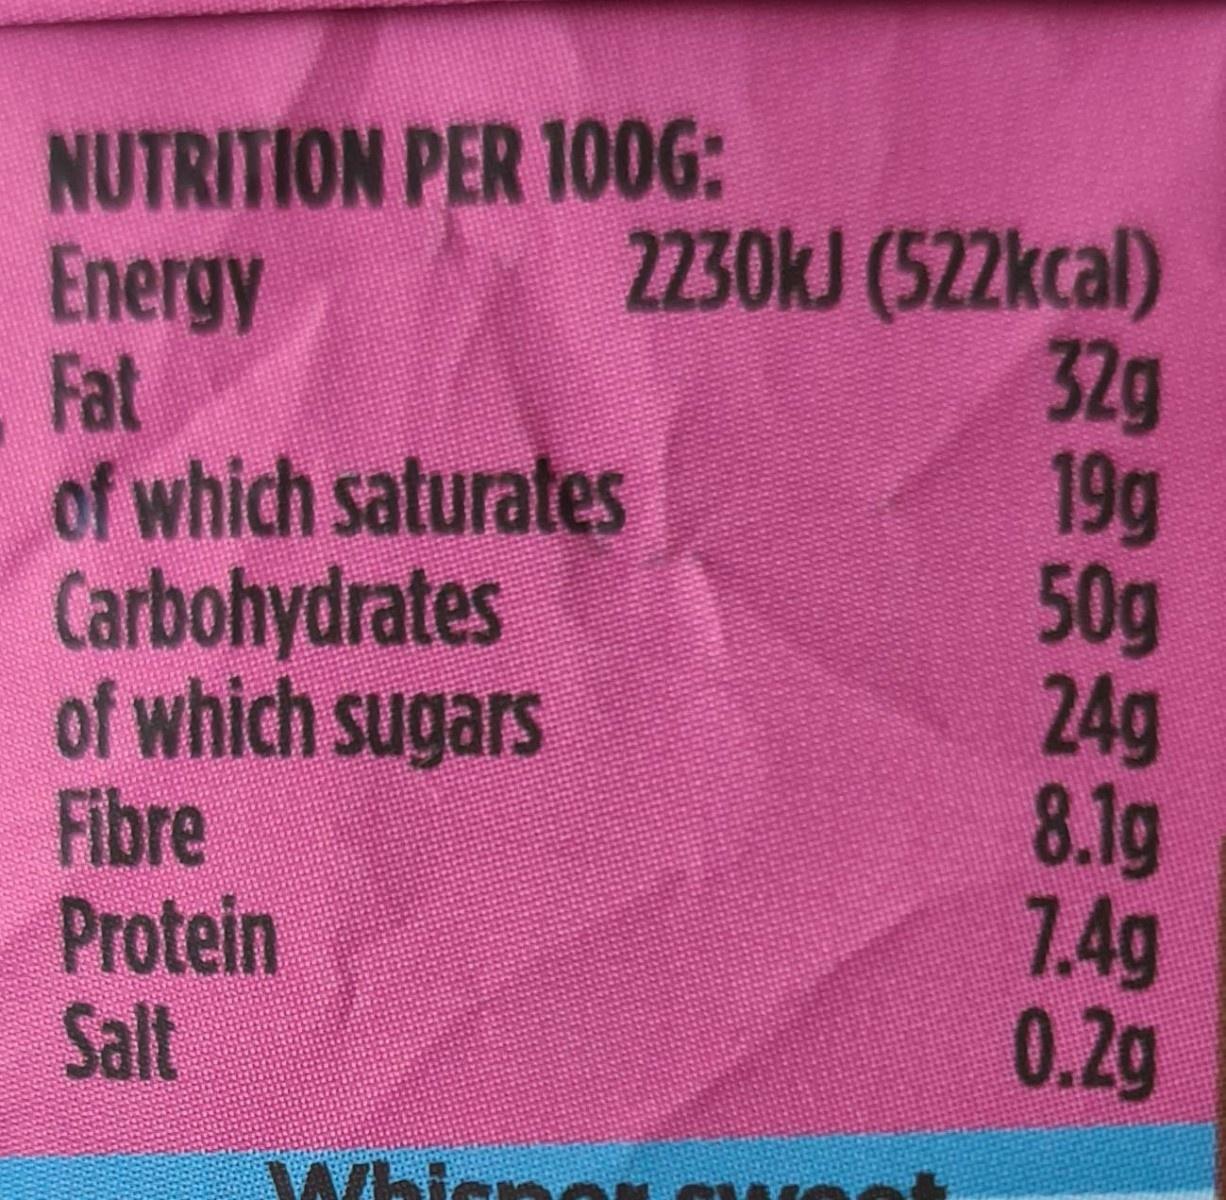
NUTRITION PER 100G: Energy Fat of which saturates Carbohydrates of which sugars Fibre Protein Salt
2230kJ (522kcal) 32g 19g 50g 24g 8.1g 7.4g 0.2g
講 .
WhicnN